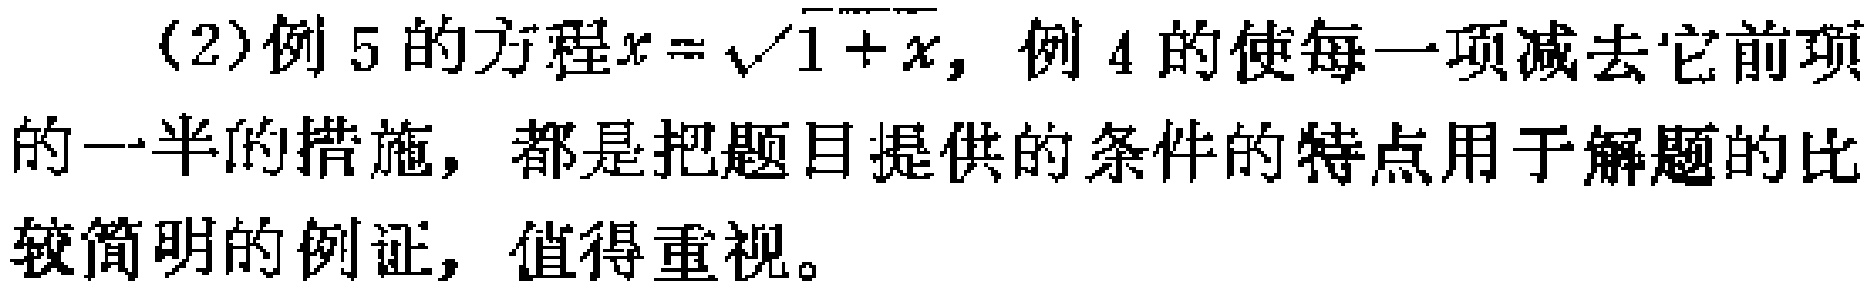
(2)例5的方程\(x = \sqrt{1 + x}\)，例4的使每一项减去它前项的一半的措施，都是把题目提供的条件的特点用于解题的比较简明的例证，值得重视。